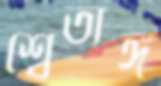
শ্বেতাঙ্গ